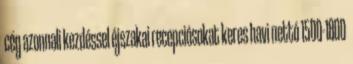
cég azonnali kezdéssel éjszakai recepciósokat keres havi nettó 1500-1800